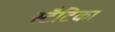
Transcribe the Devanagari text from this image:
स्टैटिका